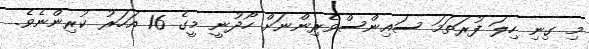
މި ގިނި ހިލަ ފުރަތަމަ ސައިންސްވެރިންނަށް ހޯދުނީ މީގެ 16 އަހަރު ކުރިންނެވެ.